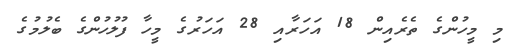
މި މީހުންގެ ތެރެއިން 18 އަހަރާއި 28 އަހަރުގެ މީހާ ފުލުހުންގެ ބެލުމުގެ